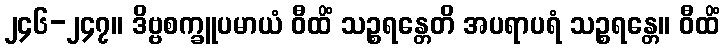
၂၄၆-၂၄၇။ ဒိဗ္ဗစက္ခူပမာယံ ဝီထိံ သဉ္စရန္တေတိ အပရာပရံ သဉ္စရန္တေ။ ဝီထိံ